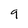
Character: 9